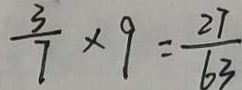
\frac { 3 } { 7 } \times 9 = \frac { 2 7 } { 6 3 }